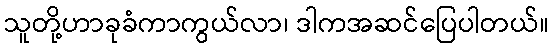
သူတို့ဟာခုခံကာကွယ်လာ၊ ဒါကအဆင်ပြေပါတယ်။